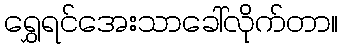
ရွှေရင်အေးသာခေါ်လိုက်တာ။